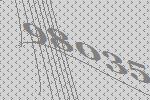
98035